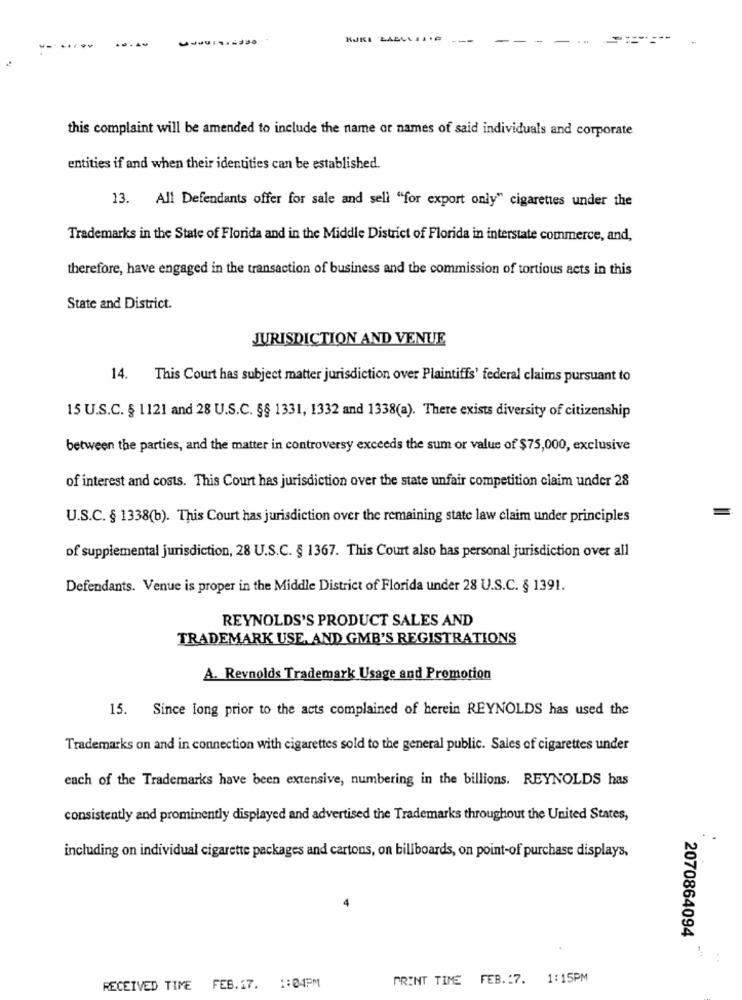
---
this complaint will be amended to include the name or names of said individuals and corporate
entities if and when their identities can be established.
13. All Defendants offer for sale and sell "for export only" cigarettes under the
Trademarks in the State of Florida and in the Middle District of Florida in interstate commerce, and,
therefore, have engaged in the transaction of business and the commission of tortious acts in this
State and District.
JURISDICTION AND VENUE
14. This Court has subject matter jurisdiction over Plaintiffs' federal claims pursuant to
15 U.S.C. § 1121 and 28 U.S.C. §§ 1331, 1332 and 1338(a). There exists diversity of citizenship
between the parties, and the matter in controversy exceeds the sum or value of $75,000, exclusive
of interest and costs. This Court has jurisdiction over the state unfair competition claim under 28
U.S.C. § 1338(b). This Court has jurisdiction over the remaining state law claim under principles
of supplemental jurisdiction, 28 U.S.C. § 1367. This Court also has personal jurisdiction over all
Defendants. Venue is proper in the Middle District of Florida under 28 U.S.C. § 1391.
REYNOLDS'S PRODUCT SALES AND
TRADEMARK USE, AND GMB'S REGISTRATIONS
A. Reynolds Trademark Usage and Promotion
15. Since long prior to the acts complained of herein REYNOLDS has used the
Trademarks on and in connection with cigarettes sold to the general public. Sales of cigarettes under
each of the Trademarks have been extensive, numbering in the billions. REYNOLDS has
consistently and prominently displayed and advertised the Trademarks throughout the United States,
including on individual cigarette packages and cartons, on billboards, on point-of purchase displays,
2070864094
PRINT TIME FEB .: 7. 1:15PM
RECEIVED TIME FEB.17. 1:04PM